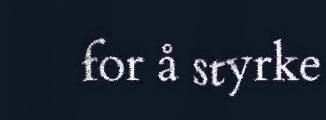
for å styrke